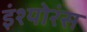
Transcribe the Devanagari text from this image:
इंश्योरंस